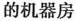
的机器房